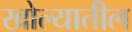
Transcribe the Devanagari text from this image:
खोल्यातील